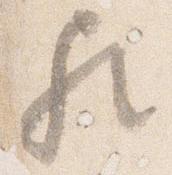
歟